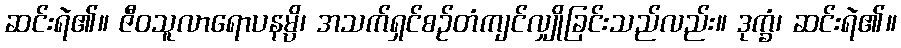
ဆင်းရဲ၏။ ဇီဝသူလာရောပနမ္ပိ၊ အသက်ရှင်စဉ်တံကျင်လျှိုခြင်းသည်လည်း။ ဒုက္ခံ၊ ဆင်းရဲ၏။